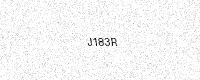
Text: J183R